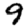
Digit: 9